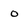
Character: o